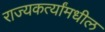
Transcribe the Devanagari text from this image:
राज्यकर्त्यांमधील